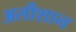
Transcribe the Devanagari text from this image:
अलीशान